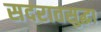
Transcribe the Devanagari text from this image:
सदरातसुद्धा